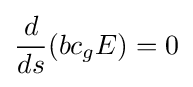
{\frac {d}{ds}}(bc_{g}E)=0